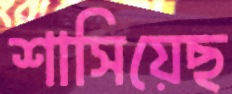
শাসিয়েছ